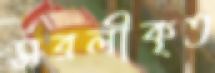
সরলীকৃত